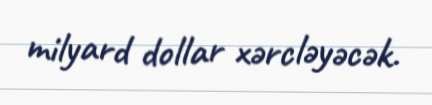
milyard dollar xərcləyəcək.